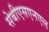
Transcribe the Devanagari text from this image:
सेबीएसएनएल